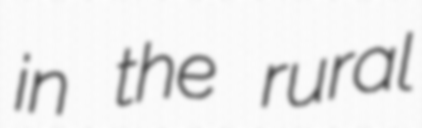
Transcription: in the rural